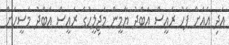
އަދި އެއަށް ފަހު ރައީސް އަބްދު ޔާމީން މަޖިލީހުގެ ރައީސް އަބްދު މަސީހަށް